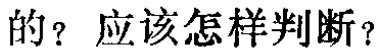
的？应该怎样判断？